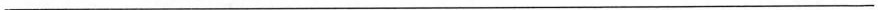
___